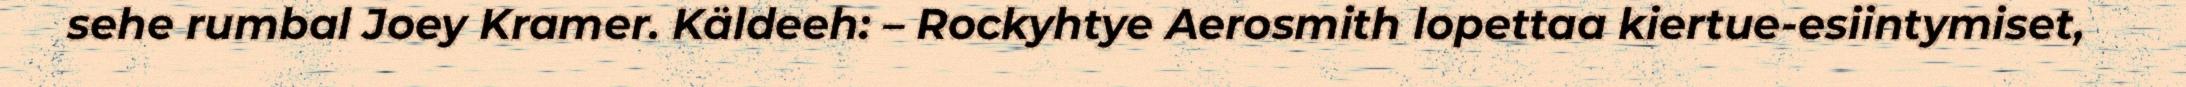
sehe rumbal Joey Kramer. Käldeeh: – Rockyhtye Aerosmith lopettaa kiertue-esiintymiset,